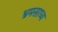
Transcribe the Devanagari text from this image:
भ्रमसाध्य